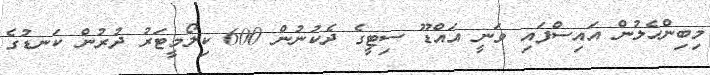
މިބިންހެލުން އައިސްފައި ވަނީ އައްޑޫ ސިޓީގެ ދެކުނުން 600 ކިލޯމީޓަރު ދުރުން ކަނޑުގެ